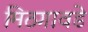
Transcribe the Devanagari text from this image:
मिठगावडे